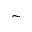
\sim